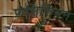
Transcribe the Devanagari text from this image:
फ्रंसिसियन